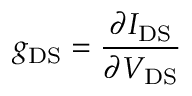
g _ { \mathrm { D S } } = { \frac { \partial I _ { \mathrm { D S } } } { \partial V _ { \mathrm { D S } } } }